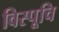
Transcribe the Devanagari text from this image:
विस्पूचि